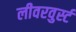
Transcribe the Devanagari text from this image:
लीवरवुर्स्ट